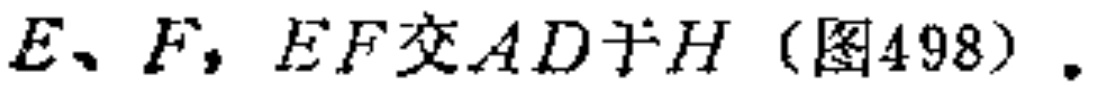
$E、F，EF交AD于H（图498）.$